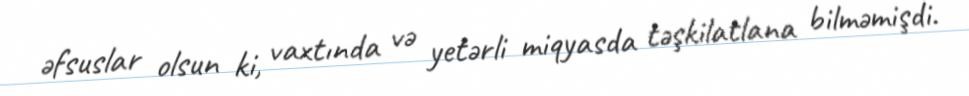
əfsuslar olsun ki, vaxtında və yetərli miqyasda təşkilatlana bilməmişdi.